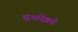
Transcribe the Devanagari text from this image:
सुआरेझचे